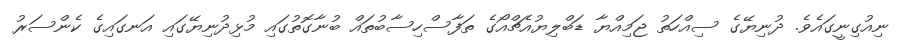
ނިއުގިނީގައެވެ. ދުނިޔޭގެ ސިއްހަތު ޖަމިއްޔާ ޑަބްލިޔުއެޗްއޯގެ ތަފާސްހިސާބުތައް ބުނާގޮތުގައި މުޅިދުނިޔޭގައި އަނގައިގެ ކެންސަރު